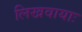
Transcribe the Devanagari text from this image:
लिखवायाः